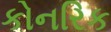
કોનરિક